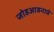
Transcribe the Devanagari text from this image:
जोडआडनावे